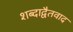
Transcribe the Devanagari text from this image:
शब्दाद्वैतवाद